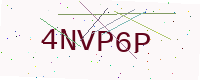
Text: 4NVP6P